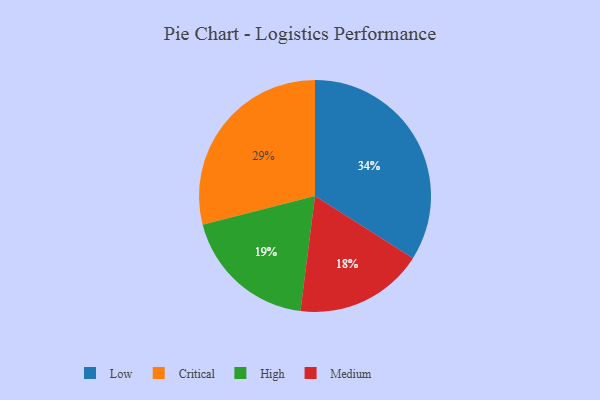
{"axis": {"x": "Category", "y": "Percentage"}, "legend": ["Critical", "High", "Low", "Medium"], "data": [{"x": "Critical", "y": 29, "type": "Critical"}, {"x": "Low", "y": 34, "type": "Low"}, {"x": "Medium", "y": 18, "type": "Medium"}, {"x": "High", "y": 19, "type": "High"}]}